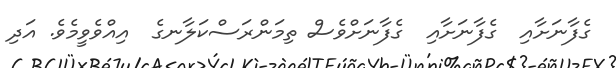
ގެފާނަށާއި  ގެފާނަށާއި  ގެފާނަށްވެސް ތިމަންރަސްކަލާނގެ  އިއްވެވީމެވެ. އަދި